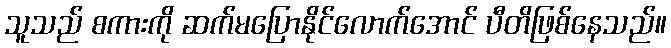
သူသည် စကားကို ဆက်မပြောနိုင်လောက်အောင် ပီတိဖြစ်နေသည်။